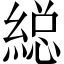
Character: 縂